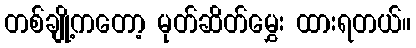
တစ်ချို့ကတော့ မုတ်ဆိတ်မွှေး ထားရတယ်။